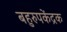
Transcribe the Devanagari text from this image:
बहुरुपकेंद्रक